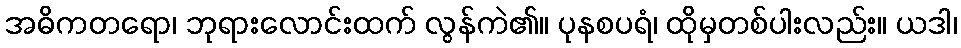
အဓိကတရော၊ ဘုရားလောင်းထက် လွန်ကဲ၏။ ပုနစပရံ၊ ထိုမှတစ်ပါးလည်း။ ယဒါ၊